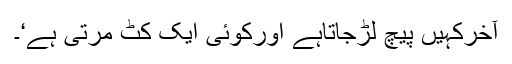
آخرکہیں پیچ لڑجاتاہے اورکوئی ایک کٹ مرتی ہے‘۔